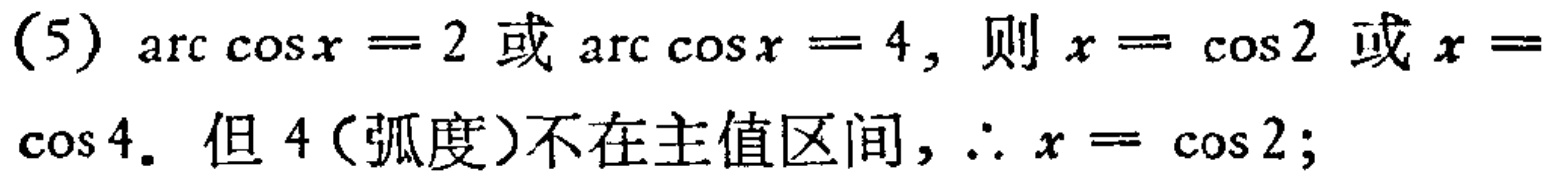
(5) $\arccos x = 2$ 或 $\arccos x = 4$, 则 $x = \cos 2$ 或 $x = \cos 4$. 但 4（弧度）不在主值区间, $\therefore x = \cos 2$;